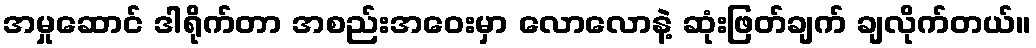
အမှုဆောင် ဒါရိုက်တာ အစည်းအဝေးမှာ လောလောနဲ့ ဆုံးဖြတ်ချက် ချလိုက်တယ်။